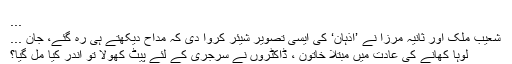
...
شعیب ملک اور ثانیہ مرزا نے ’اذہان‘ کی ایسی تصویر شیئر کروا دی کہ مداح دیکھتے ہی رہ گئے، جان ...
لوہا کھانے کی عادت میں مبتلا خاتون ، ڈاکٹروں نے سرجری کے لئے پیٹ کھولا تو اندر کیا مل گیا؟